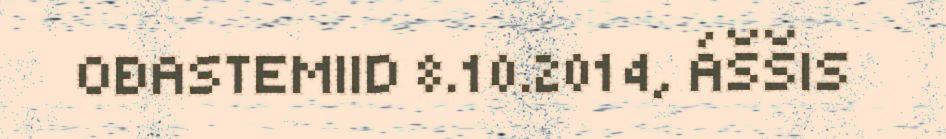
OĐASTEMIID 8.10.2014, ÁŠŠIS